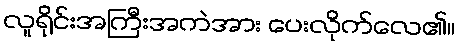
လူရိုင်းအကြီးအကဲအား ပေးလိုက်လေ၏။